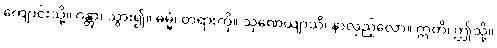
ကျောင်းသို့။ ဂန္တွာ၊ သွား၍။ ဓမ္မံ၊ တရားကို။ သုဏေယျာသိ၊ နာလှည့်လော။ ဣတိ၊ ဤသို့။